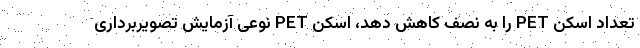
تعداد اسکن PET را به نصف کاهش دهد، اسکن PET نوعی آزمایش تصویربرداری